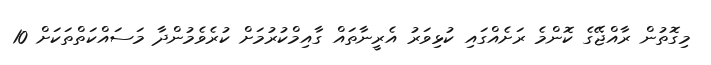
މިގޮތުން ރާއްޖޭގެ ކޮންމެ ރަށެއްގައި ކުޅިވަރު އެރީނާތައް ގާއިމްކުރުމަށް ކުރެވެމުންދާ މަސައްކަތްތަކަށް 10